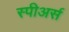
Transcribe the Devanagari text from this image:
स्पीअर्स